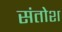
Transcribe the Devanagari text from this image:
संतोश